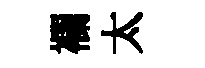
襴太